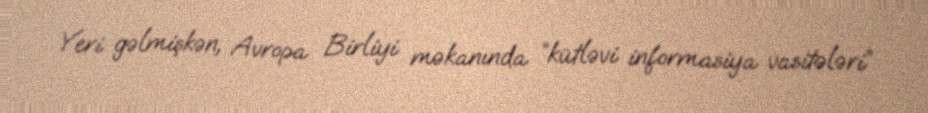
Yeri gəlmişkən, Avropa Birliyi məkanında “kütləvi informasiya vasitələri”